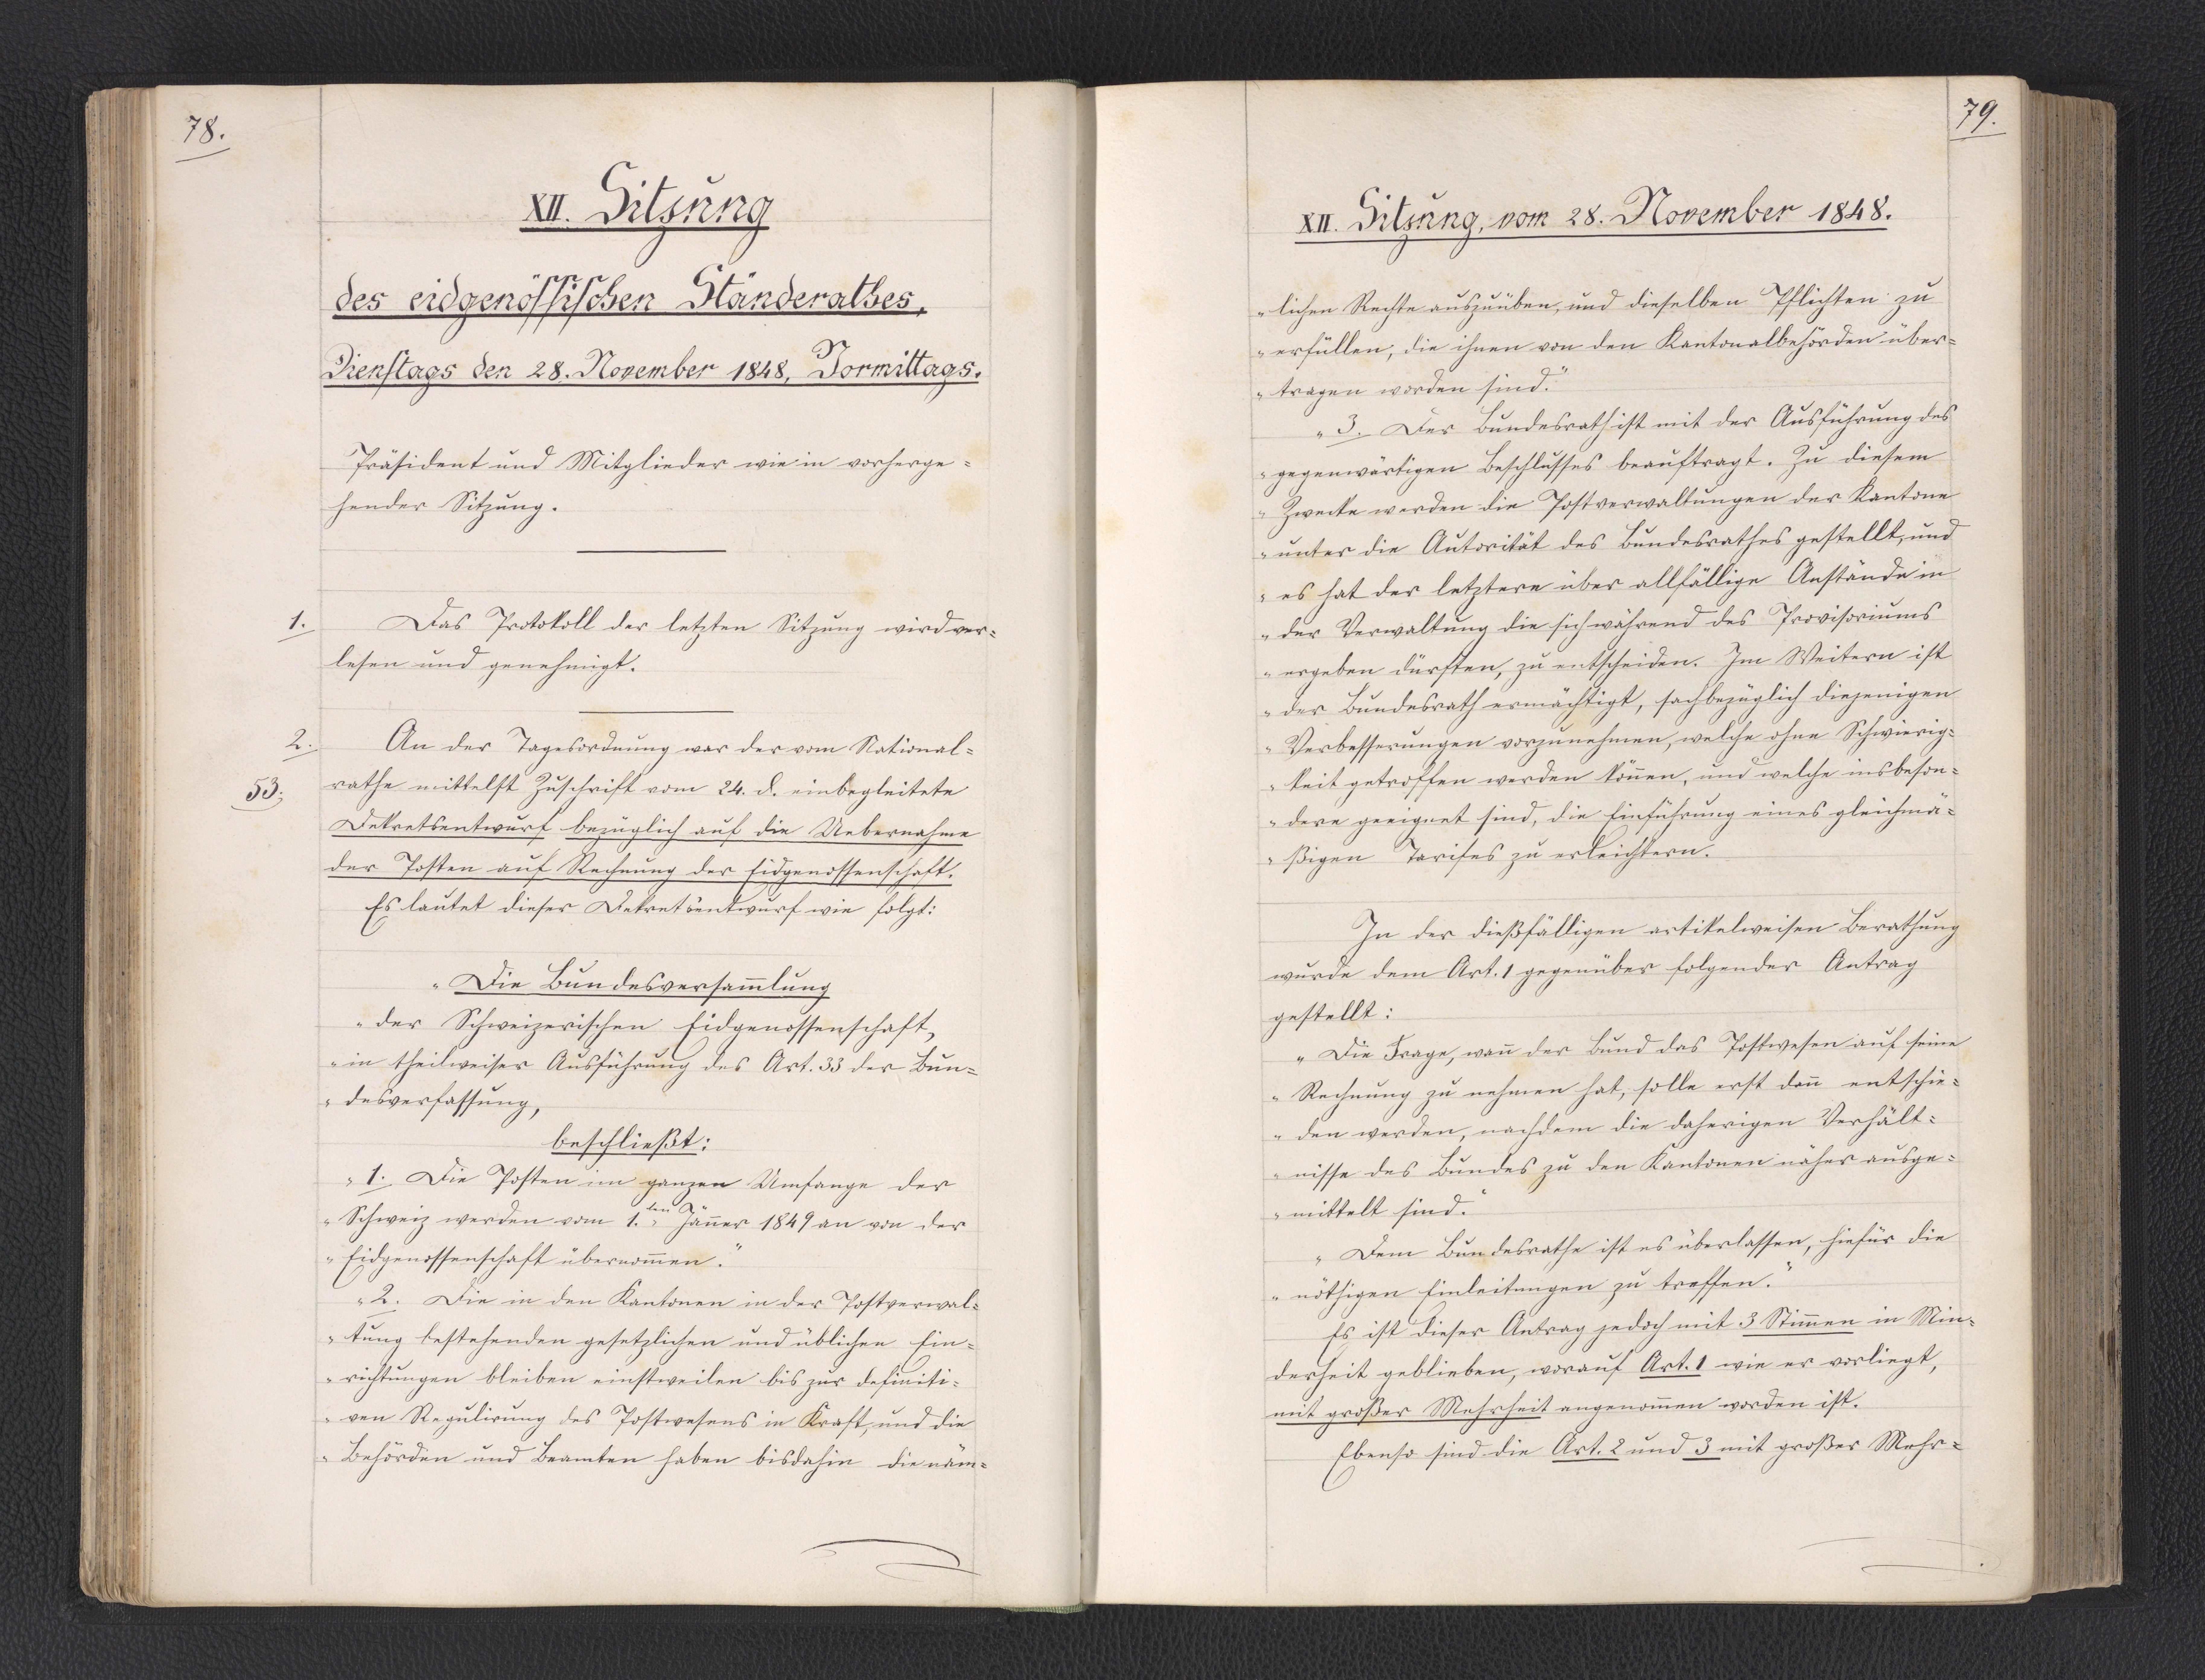
78.

XII. Sitzung
des eidgenössischen Ständerathes,
Dienstags den 28. November 1848, Vormittags.

Präsident und Mitglieder, wie in vorherge¬
hender Sitzung.
Das Protokoll der letzten Sitzung wird ver¬
lesen und genehmigt.
An der Tagesordnung war der vom National¬
rathe mittelst Zuschrift vom 24. d. einbegleitete
Dekretsentwurf bezüglich auf die Uebernahme
der Posten auf Rechnung der Eidgenossenschaft.
Es lautet dieser Dekretsentwurf wie folgt:
Die Bundesversammlung
der Schweizerischen Eidgenossenschaft,
in theilweiser Ausführung des Art. 33 der Bun¬
desverfassung,
beschließt:
1. Die Posten im ganzen Umfange der
Schweiz werden vom 1.ten Jänner 1849 an von der
Eidgenossenschaft übernommen.
2. Die in den Kantonen in der Postverwal¬
tung bestehenden gesetzlichen und üblichen Ein¬
richtungen bleiben einstweilen bis zur definiti¬
ven Regulirung des Postwesens in Kraft, und die
Behörden und Beamten haben bis dahin die näm¬

1.

2.
53.

79.

XII. Sitzung, vom 28. November 1848.

lichen Rechte auszuüben, und dieselben Pflichten zu
erfüllen, die ihnen von den Kantonalbehörden über¬
tragen worden sind.
3. Der Bundesrath ist mit der Ausführung des
gegenwärtigen Beschlusses beauftragt. Zu diesem
Zwecke werden die Postverwaltungen der Kantone
unter die Autorität des Bundesrathes gestellt, und
es hat der letztere über allfällige Anstände in
der Verwaltung die sich während des Provisoriums
ergeben dürften, zu entscheiden. Im Weitern ist
der Bundesrath ermächtigt, sachbezüglich diejenigen,
Verbesserungen vorzunehmen, welche ohne Schwierig¬
keit getroffen werden können, und welche insbeson¬
dere geeignet sind, die Einführung eines gleichmä¬
ßigen Tarifes zu erleichtern.
In der dießfälligen artikelweisen Berathung
wurde dem Art. 1 gegenüber folgender Antrag
gestellt:
"Die Frage, wann der Bund das Postwesen auf seine
Rechnung zu nehmen hat, solle erst dann entschie¬
den werden, nachdem die daherigen Verhält¬
nisse des Bundes zu den Kantonen näher ausge¬
mittelt sind.
Dem Bundesrathe ist es überlassen, hiefür die
nöthigen Einleitungen zu treffen."
Es ist dieser Antrag jedoch mit 3 Stimmen in Min¬
derheit geblieben, worauf Art. 1 wie er vorliegt,
mit großer Mehrheit angenommen worden ist.
Ebenso sind die Art. 2 und 3 mit großer Mehr¬